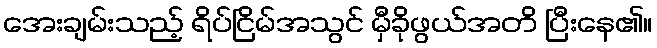
အေးချမ်းသည့် ရိပ်ငြိမ်အသွင် မှီခိုဖွယ်အတိ ပြီးနေ၏။